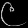
Digit: ၉